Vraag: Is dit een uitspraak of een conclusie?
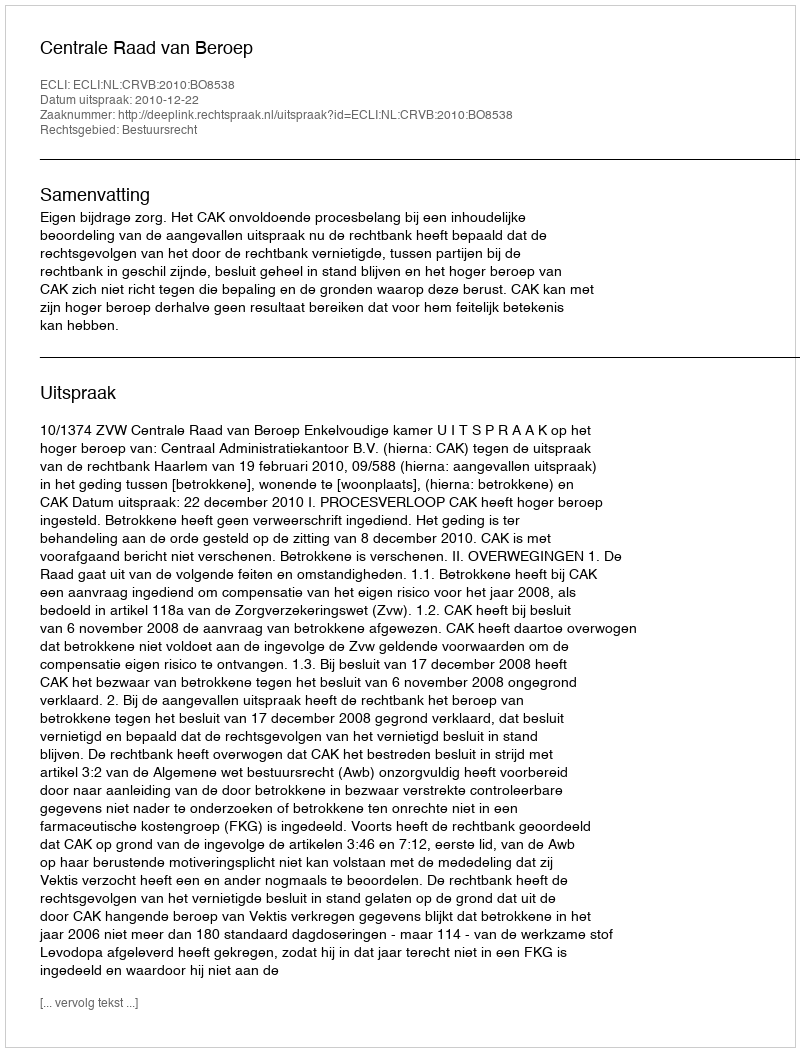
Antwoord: Uitspraak